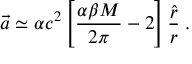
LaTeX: \vec { a } \simeq \alpha c ^ { 2 } \left[ \frac { \alpha \beta M } { 2 \pi } - 2 \right] \frac { \hat { r } } { r } \; .